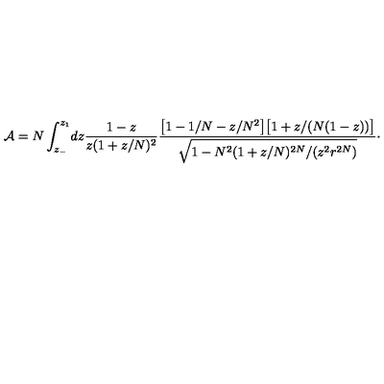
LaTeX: { \cal A } = N \int _ { z _ { - } } ^ { z _ { 1 } } \! d z { \frac { 1 - z } { z ( 1 + z / N ) ^ { 2 } } } { \frac { \bigl [ 1 - 1 / N - z / N ^ { 2 } \bigr ] \bigl [ 1 + z / ( N ( 1 - z ) ) \bigr ] } { \displaystyle \sqrt { 1 - N ^ { 2 } ( 1 + z / N ) ^ { 2 N } / ( z ^ { 2 } r ^ { 2 N } ) } } } \cdotp